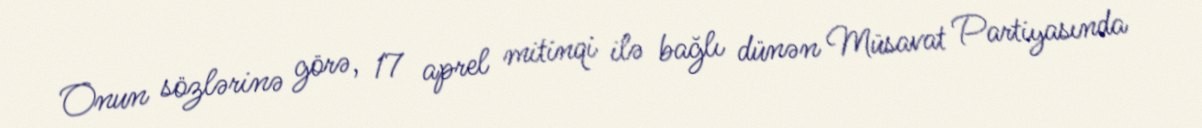
Onun sözlərinə görə, 17 aprel mitinqi ilə bağlı dünən Müsavat Partiyasında